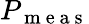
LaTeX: P_{\mathrm{~m~e~a~s~}}